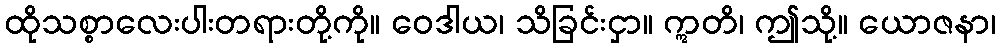
ထိုသစ္စာလေးပါးတရားတို့ကို။ ဝေဒါယ၊ သိခြင်းငှာ။ ဣတိ၊ ဤသို့။ ယောဇနာ၊